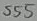
Text: 555